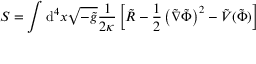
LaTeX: S = \int \mathrm { d } ^ { 4 } x { \sqrt { - { \tilde { g } } } } { \frac { 1 } { 2 \kappa } } \left[ { \tilde { R } } - { \frac { 1 } { 2 } } \left( { \tilde { \nabla } } { \tilde { \Phi } } \right) ^ { 2 } - { \tilde { V } } ( { \tilde { \Phi } } ) \right]